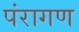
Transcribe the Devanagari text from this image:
पंरागण